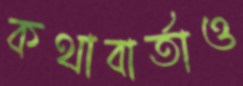
কথাবার্তাও